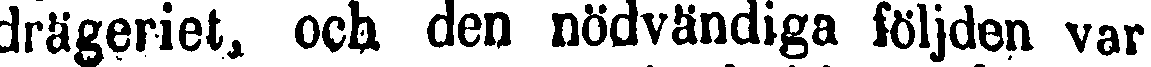
drägeriet, och den nödvändiga följden var